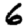
Digit: 6